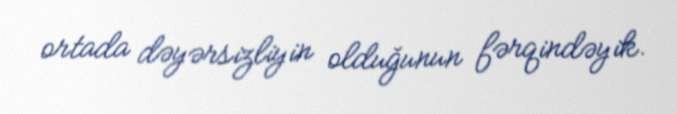
ortada dəyərsizliyin olduğunun fərqindəyik.